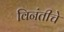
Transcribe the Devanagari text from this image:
विनंतीचे